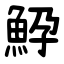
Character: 䱆